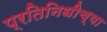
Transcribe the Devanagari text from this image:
प्रतिनिधीच्या